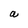
Character: a